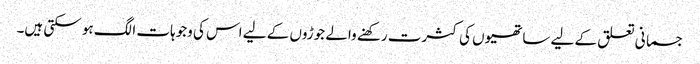
جسمانی تعلق کے لیے ساتھیوں کی کثرت رکھنے والے جوڑوں کے لیے اس کی وجوہات الگ ہو سکتی ہیں۔